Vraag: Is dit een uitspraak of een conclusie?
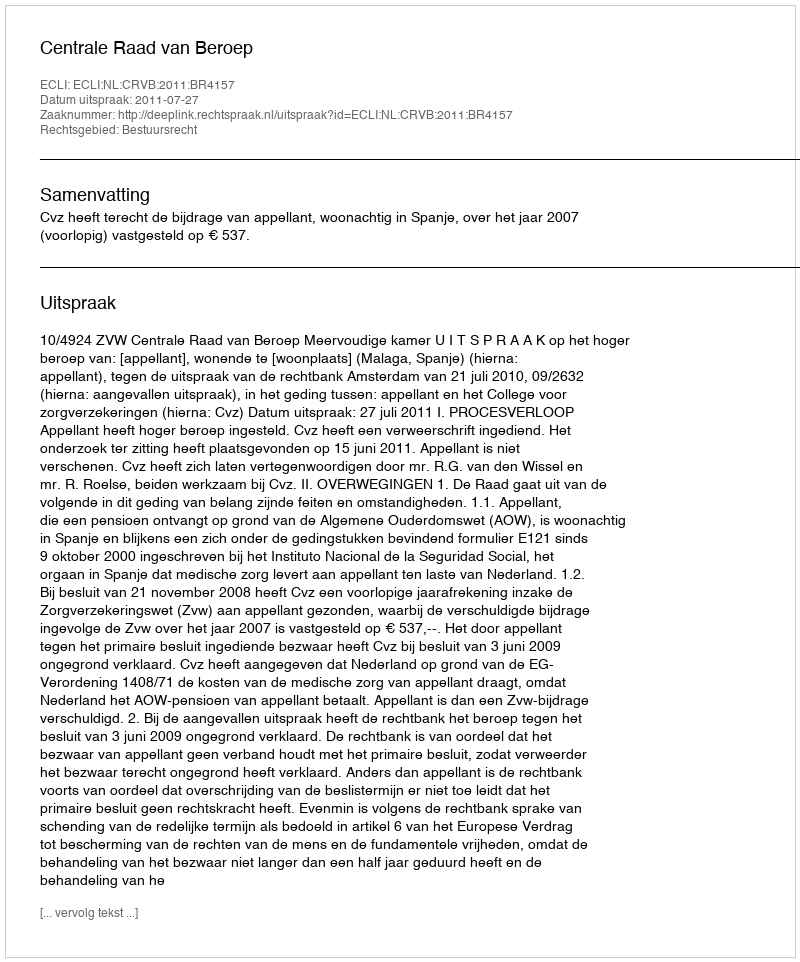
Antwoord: Uitspraak